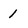
Character: 1